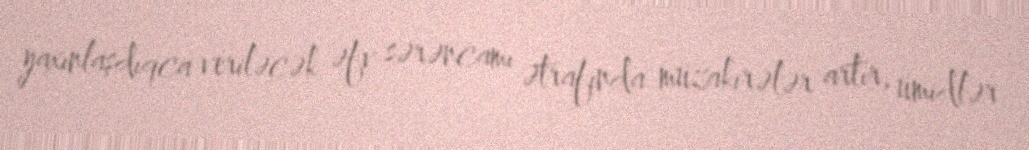
yaxınlaşdıqca veriləcək əfv sərəncamı ətrafında müzakirələr artır, ümidlər